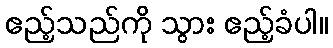
ဧည့်သည်ကို သွား ဧည့်ခံပါ။